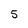
Character: 5